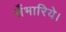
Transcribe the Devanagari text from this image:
सँभारिये।